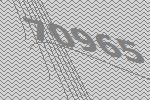
70965